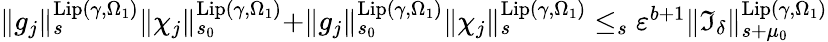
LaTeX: \begin{array}{r}{\rVert g_{j}\rVert_{s}^{\mathrm{Lip}(\gamma,\Omega_{1})}\rVert\chi_{j}\rVert_{s_{0}}^{\mathrm{Lip}(\gamma,\Omega_{1})}+\rVert g_{j}\rVert_{s_{0}}^{\mathrm{Lip}(\gamma,\Omega_{1})}\rVert\chi_{j}\rVert_{s}^{\mathrm{Lip}(\gamma,\Omega_{1})}\le_{s}\varepsilon^{b+1}\rVert\mathfrak{I}_{\delta}\rVert_{s+\mu_{0}}^{\mathrm{Lip}(\gamma,\Omega_{1})}}\end{array}